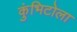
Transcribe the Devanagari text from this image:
कुंभिटोला